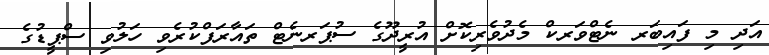
އަދި މި ފައިބަަރ ނެޓްވަރކް މެދުވެރިކޮށް އުރީދޫގެ ސުޕަރނެޓް ތައާރަފްކުރެވި ހަލުވި ސްޕީޑުގެ